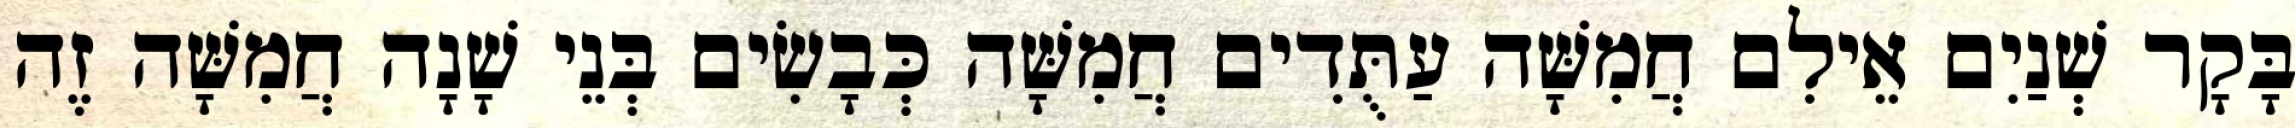
בָּקָר שְׁנַיִם אֵילִם חֲמִשָּׁה עַתֻּדִים חֲמִשָּׁה כְּבָשִׂים בְּנֵי שָׁנָה חֲמִשָּׁה זֶה